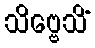
သိဗ္ဗေသိံ